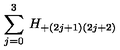
\sum _ { j = 0 } ^ { 3 } \: H _ { + ( 2 j + 1 ) ( 2 j + 2 ) } \: